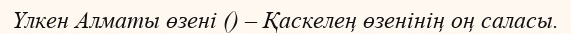
Үлкен Алматы өзені () – Қаскелең өзенінің оң саласы.